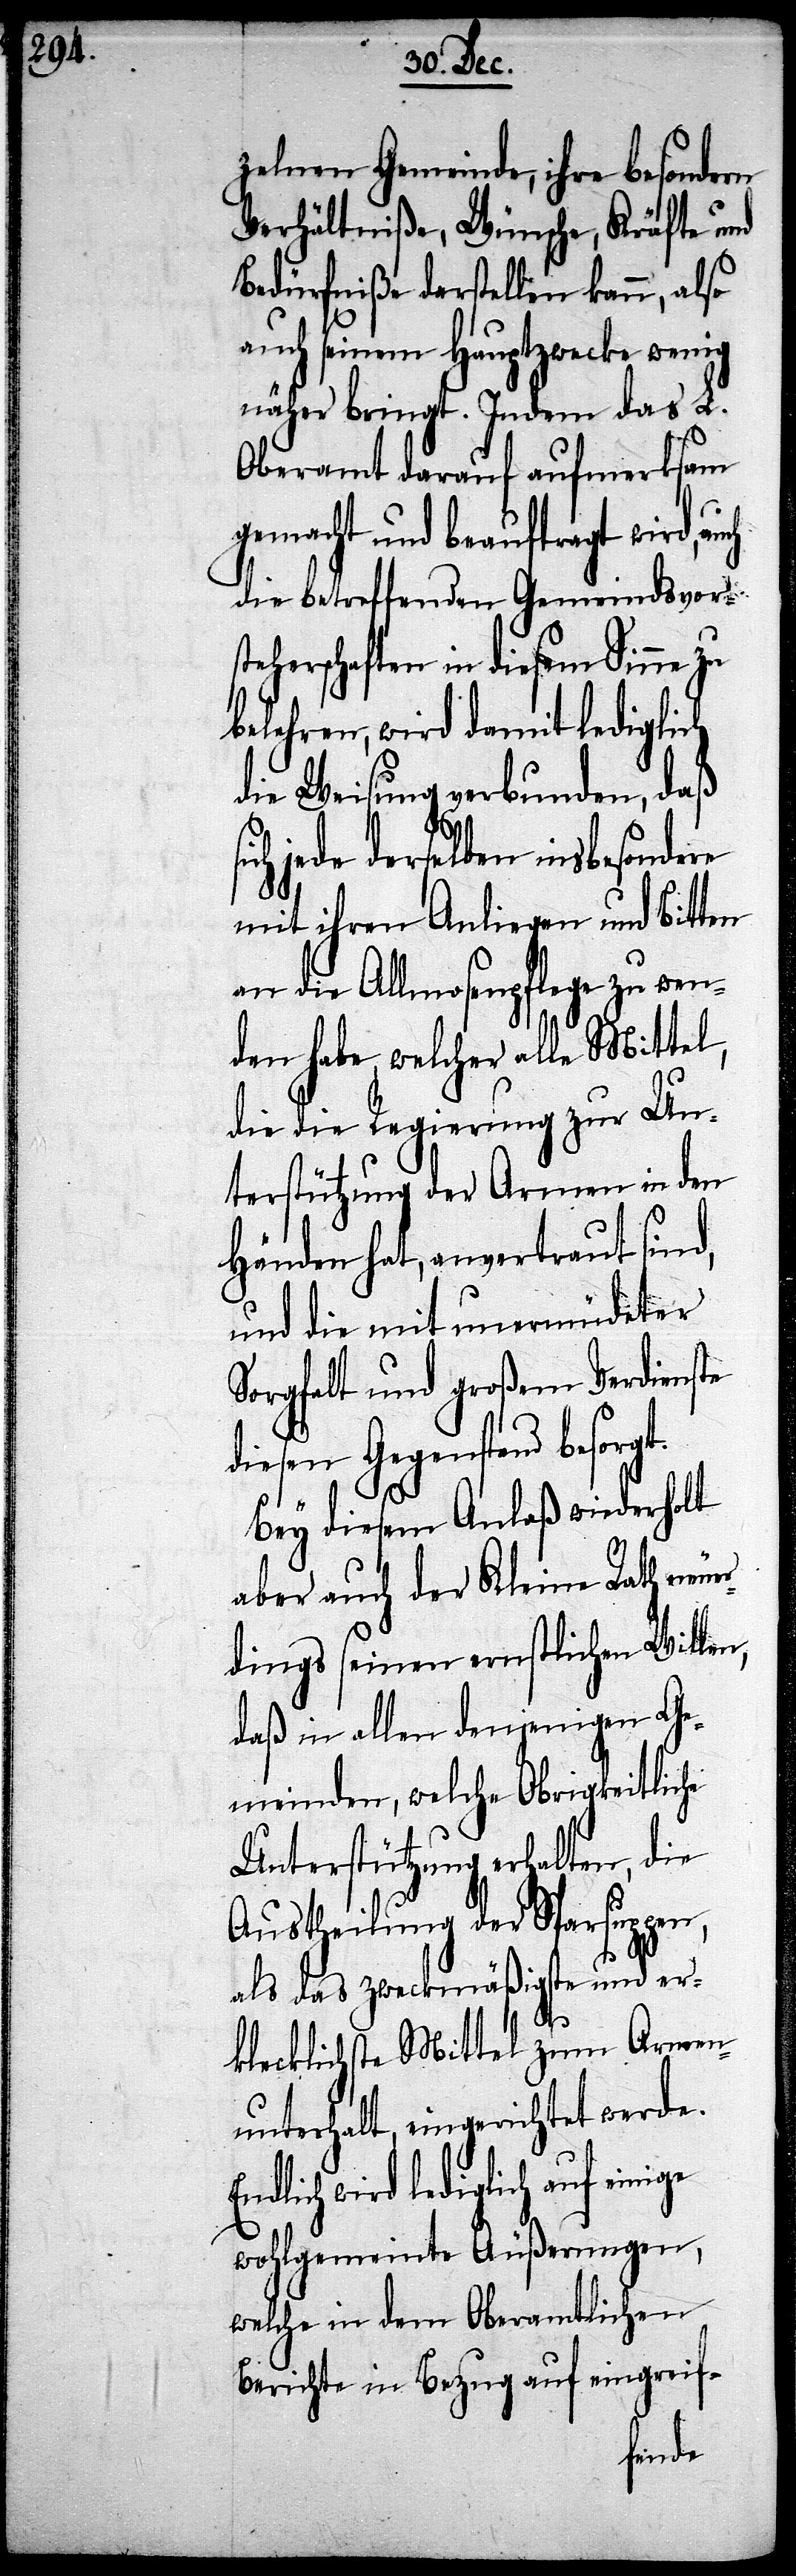
zelnen Gemeinde, ihre besondern
Verhältniße, Wünsche, Kräfte und
Bedürfniße darstellen kann, also
auch seinen Hauptzwecke wenig
näher bringt. Indem das L.
Oberamt darauf aufmerksam
gemacht und beauftragt wird,
die betreffenden Gemeindsvor¬
steherschaften in diesem Sinne zu
lehren, wird damit lediglich
die Weisung verbunden, daß
jede derselben insbesondere
mit ihren Anliegen und Bitten
an die Allmosenpflege zu wen¬
den habe, welcher alle Mittel,
die die Regierung zur Un¬
terstützung der Armen in den
Händen hat, anvertraut sind,
und die mit unermüdeter
Sorgfalt und großem Verdienste
diesen Gegenstand besorgt.
Bey diesem Anlaß wiederholt
aber auch der Kleine Rath neue¬
rdings seinen ernstlichen Wille¬
daß in allen denjenigen Ge¬
meinden, welche Obrigkeitliche
Unterstützung erhalten, die
Austheilung der Sparsuppen,
als das zweckmäßigste und er¬
klecklichste Mittel zum Armen¬
unterhalt, eingerichtet werde.
lich wird lediglich auf einige
wohlgemeinte Äußerungen,
welche in dem Oberamtlichen
Bericht in Bezug auf eingreif-
End¬